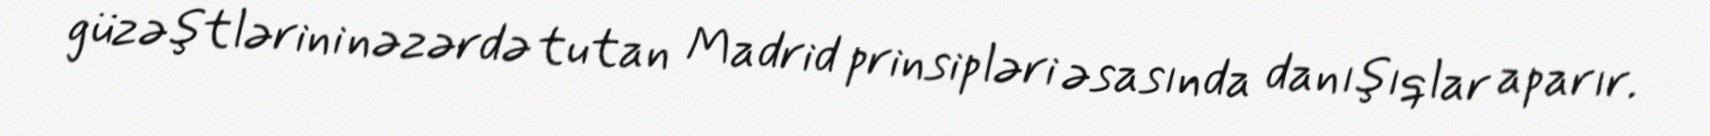
güzəştlərini nəzərdə tutan Madrid prinsipləri əsasında danışıqlar aparır.